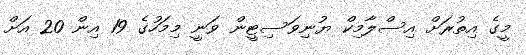
މީގެ އިތުރަށް އިސްލާމިކް ޔުނިވަސިޓީން ވަނީ މިމަހުގެ 19 އިން 20 އަށް